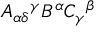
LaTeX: A _ { \alpha \delta } { } ^ { \gamma } B ^ { \alpha } C _ { \gamma } { } ^ { \beta }